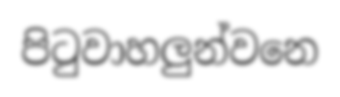
පිටුවාහලුන්වනෙ